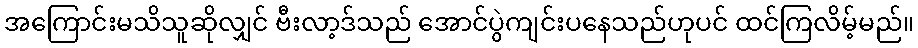
အကြောင်းမသိသူဆိုလျှင် ဗီးလာ့ဒ်သည် အောင်ပွဲကျင်းပနေသည်ဟုပင် ထင်ကြလိမ့်မည်။